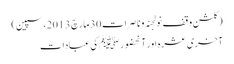
(گلشن وقف نولجنہ وناصرات 30 مارچ 2013،سپین)
آخری عشرہ اور آنحضورﷺ کی عبادات